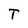
Character: T